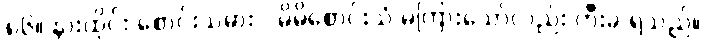
၈၆။ နားထိုင်း စောင်းသမား - မိမိစောင်းသံ မကြားသော်လည်း တီးခ ရသည်။